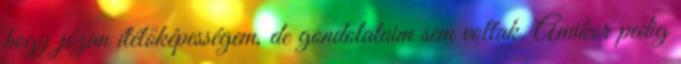
hogy józan ítélőképességem, de gondolataim sem voltak. Amikor pedig